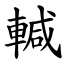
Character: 輱